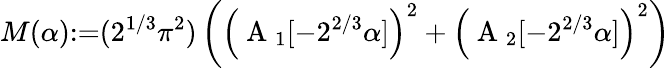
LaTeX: M(\alpha){:=}(2^{1/3}\pi^{2})\left(\left(\mathrm{~A~}_{1}[{-}2^{2/3}\alpha]\right)^{2}+\left(\mathrm{~A~}_{2}[{-}2^{2/3}\alpha]\right)^{2}\right)